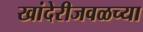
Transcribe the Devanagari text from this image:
खांदेरीजवळच्या